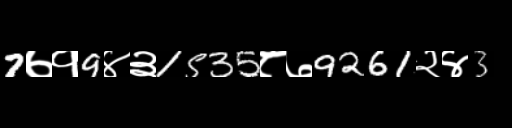
Text: 7७१9४३1535८७9261२४3